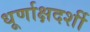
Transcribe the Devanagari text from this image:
धूर्णाक्षदर्शी